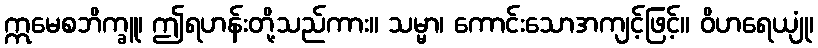
ဣမေစဘိက္ခူ၊ ဤရဟန်းတို့သည်ကား။ သမ္မာ၊ ကောင်းသောအကျင့်ဖြင့်။ ဝိဟရေယျုံ၊